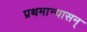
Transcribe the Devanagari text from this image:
प्रथमान्यासन्